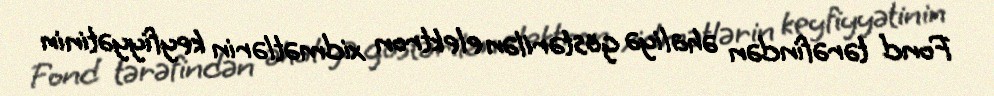
Fond tərəfindən əhaliyə göstərilən elektron xidmətlərin keyfiyyətinin